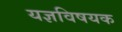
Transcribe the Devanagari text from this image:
यज्ञविषयक